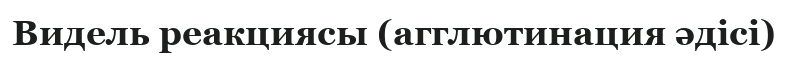
Видель реакциясы (агглютинация әдісі)